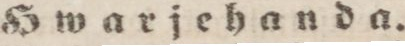
Hwarjehanda.